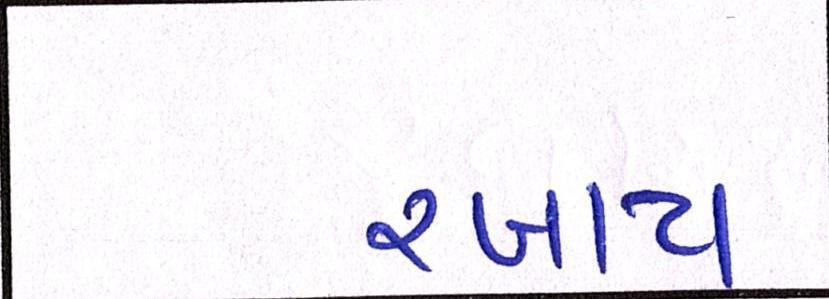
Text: રખાય